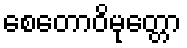
စေတောဝိမုတ္တော